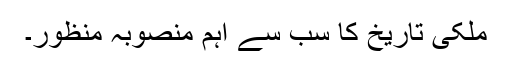
ملکی تاریخ کا سب سے اہم منصوبہ منظور۔